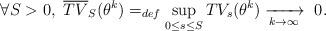
LaTeX: \begin{align*} \forall S>0, \ \overline{TV}_S(\theta^k)=_{def}\sup_{0\leq s\leq S}TV_s(\theta^k)\xrightarrow[k \to \infty]{} \ 0.\end{align*}